Scottish Leaving Certificate Examination, 1952
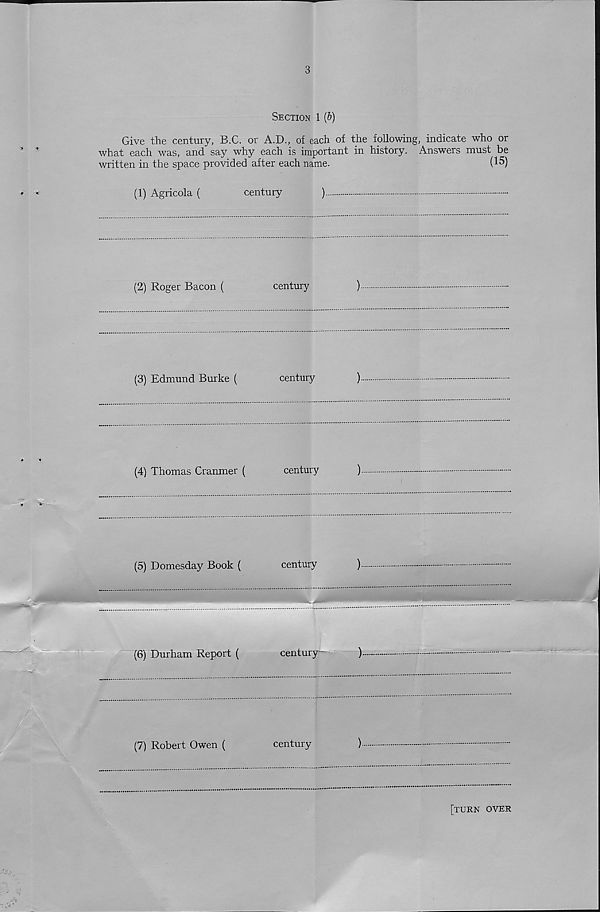
3
Section 1 (&)
Give the century, B.C. or A.D., of each of the following, indicate who or
what each was, and say why each is important in history. Answers must be
written in the space provided after each name.
(15)
(1) Agricola (
century
)
(2) Roger Bacon (
century
)
(3) Edmund Burke (
century
)
(4) Thomas Cranmer (
century
)
(5) Domesday Book (
century
)
.M
......
(6) Durham Report (
century
)
(7) Robert Owen (
century
)
[turn over